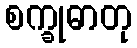
စက္ခုဓာတု